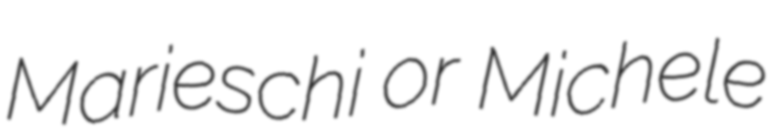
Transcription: Marieschi or Michele